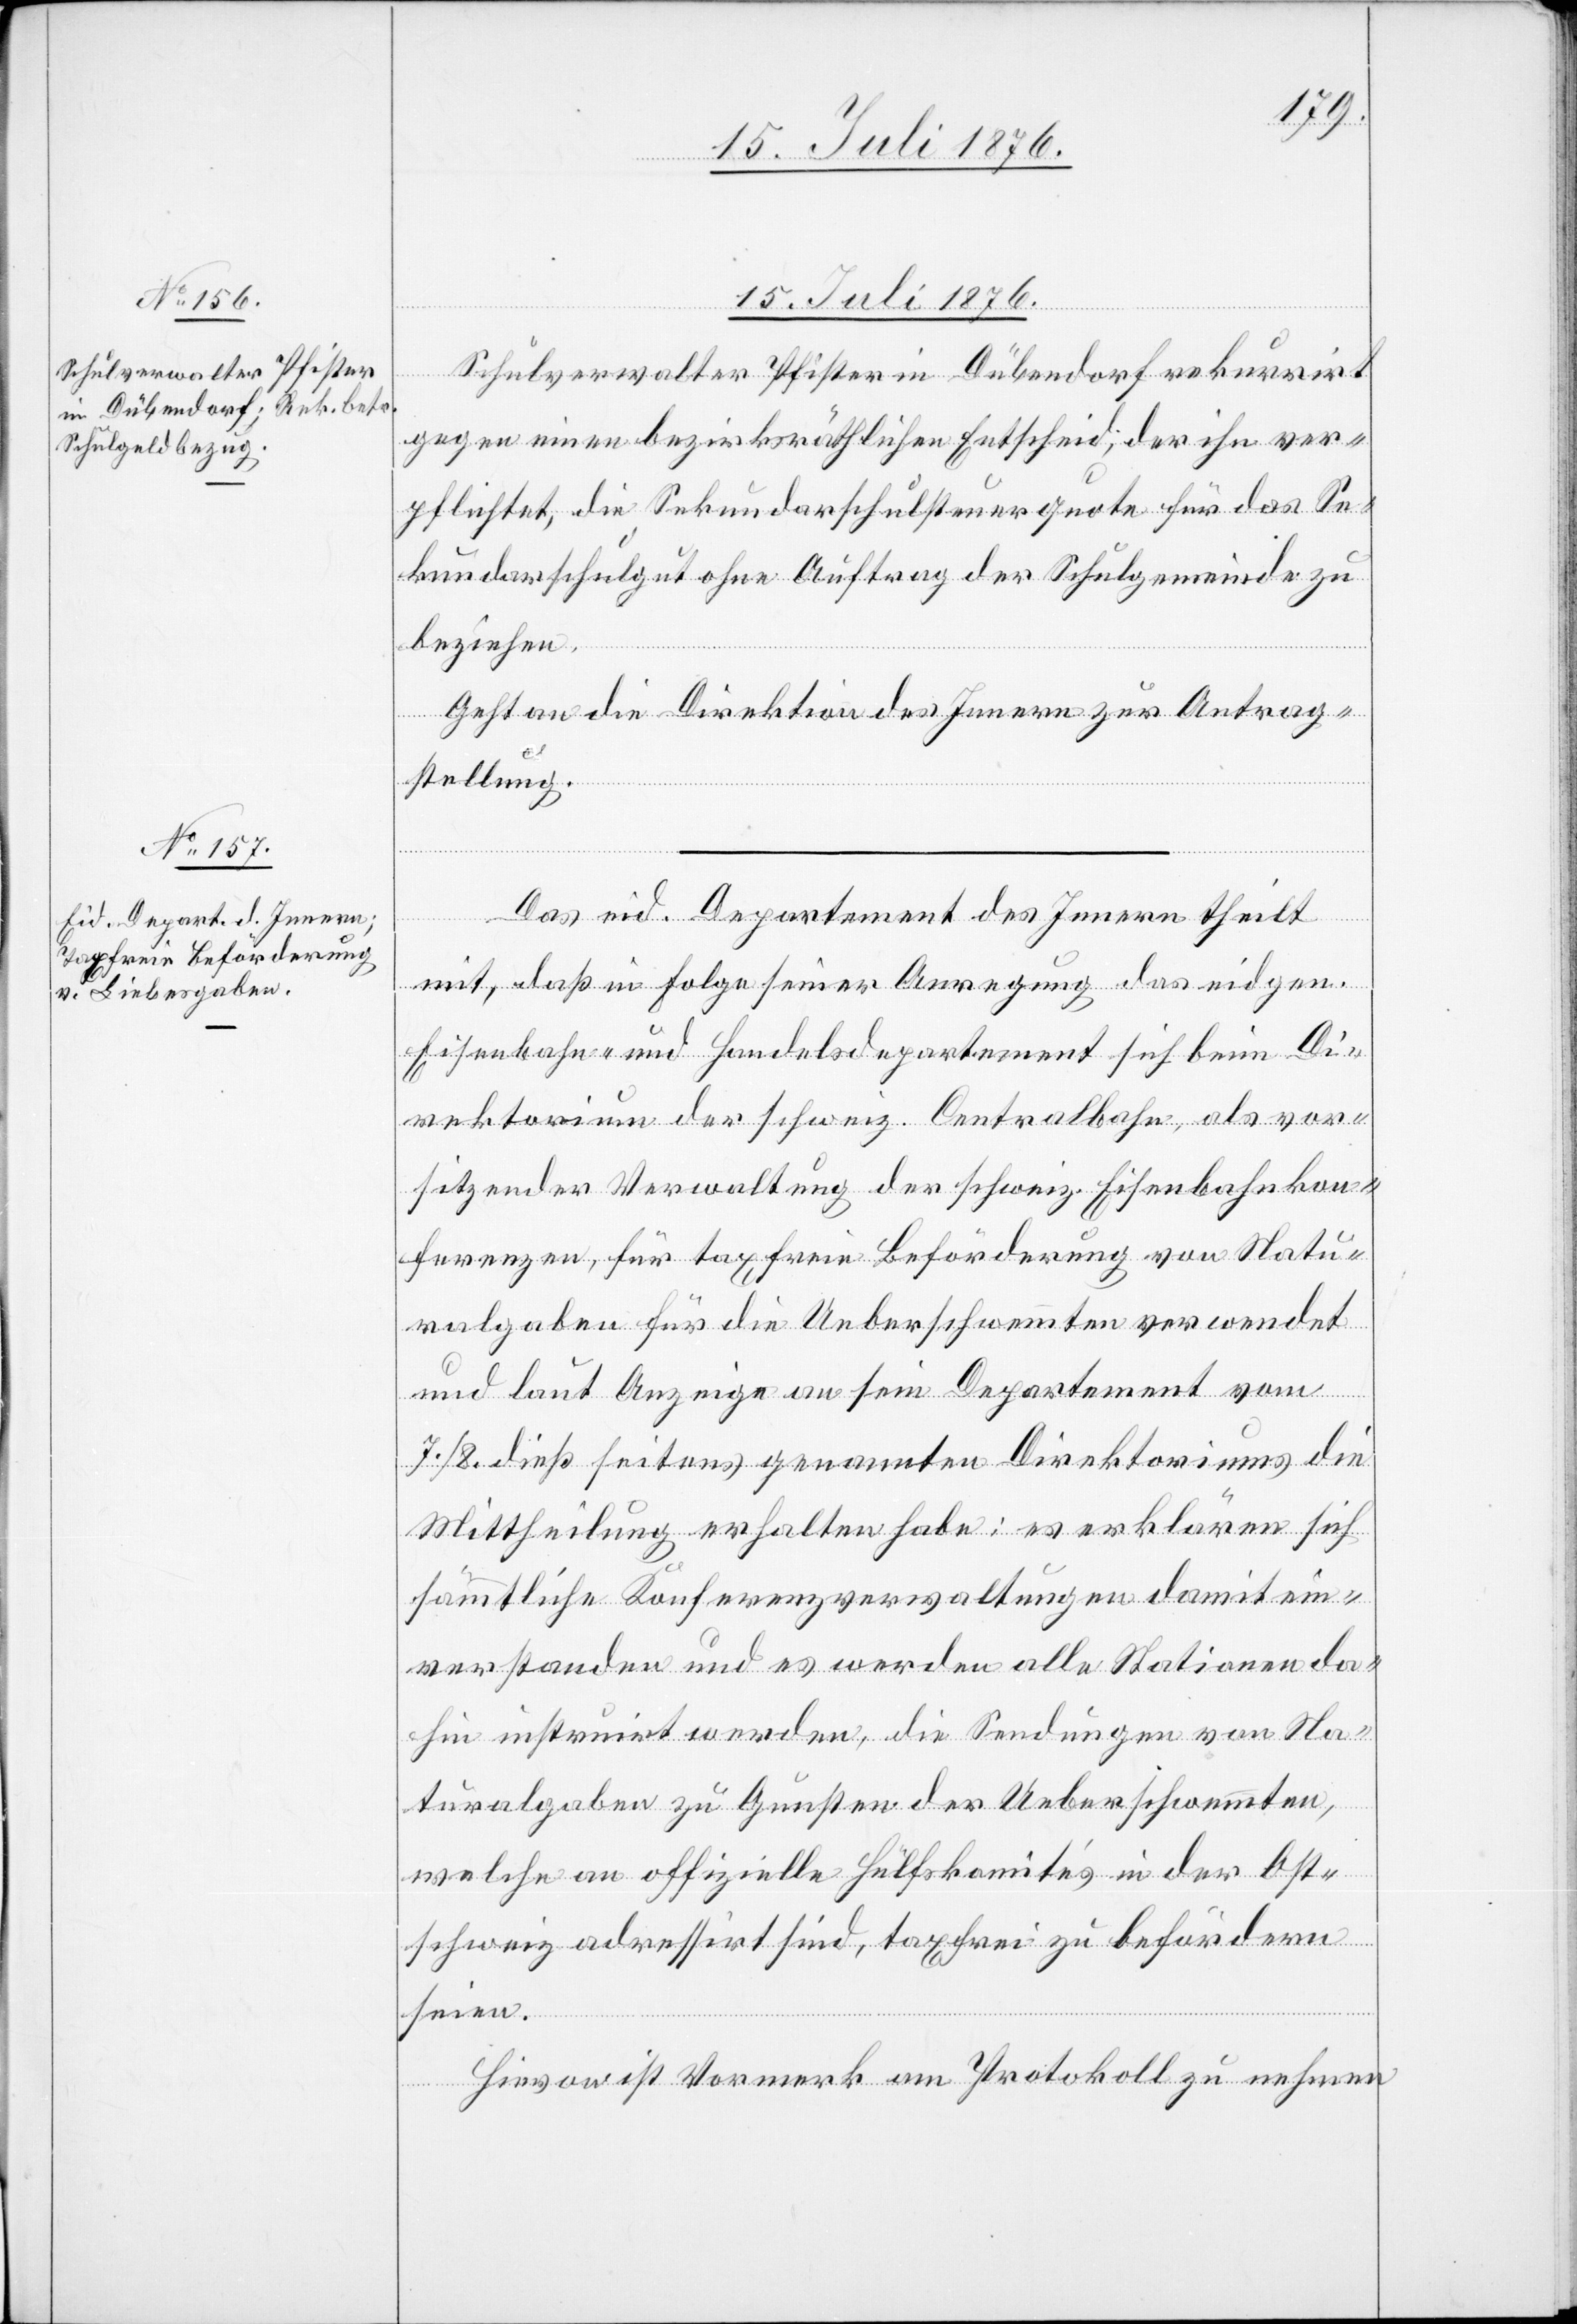
15. Juli 1876.]
Schulverwalter Pfister in Dübendorf rekurrirt
gegen einen bezirksräthlichen Entscheid, der ihn ver¬
pflichtet, die Sekundarschulsteuerquote für das Se¬
kundarschulgut ohne Auftrag der Schulgemeinde zu
beziehen.
Geht an die Direktion des Innern zur Antrag¬
stellung.
Das eid. Departement des Innern theilt
mit, daß in Folge seiner Anregung das eid.
Eisenbahn- und Handelsdepartement sich beim Di¬
rektionium der schweiz. Centralbahn, als vor¬
sitzender Verwaltung der schweiz. Eisenbahnkon¬
ferenzen, für taxfreie Beförderung von Natu¬
ralabgaben für die Ueberschwemmten verwendet
und laut Anzeige an sein Departement vom
7./8. dieß seitens genannten Direktoriums die
Mittheilung erhalten habe: es erklären sich
sämmtliche Konferenzverwaltungen damit ein¬
verstanden und es werden alle Stationen da¬
hin instruirt werden, [dass] die Sendungen von Na¬
turalgaben zu Gunsten der Ueberschwemmten,
welche an offizielle Hülfskomités in der Ost¬
schweiz adressirt sind, taxfrei zu befördern
seien.
Hievon ist Vormerk am Protokoll zu nehmen